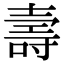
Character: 壽